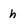
Character: h